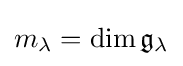
m_{\lambda }={\text{dim}}\,{\mathfrak {g}}_{\lambda }